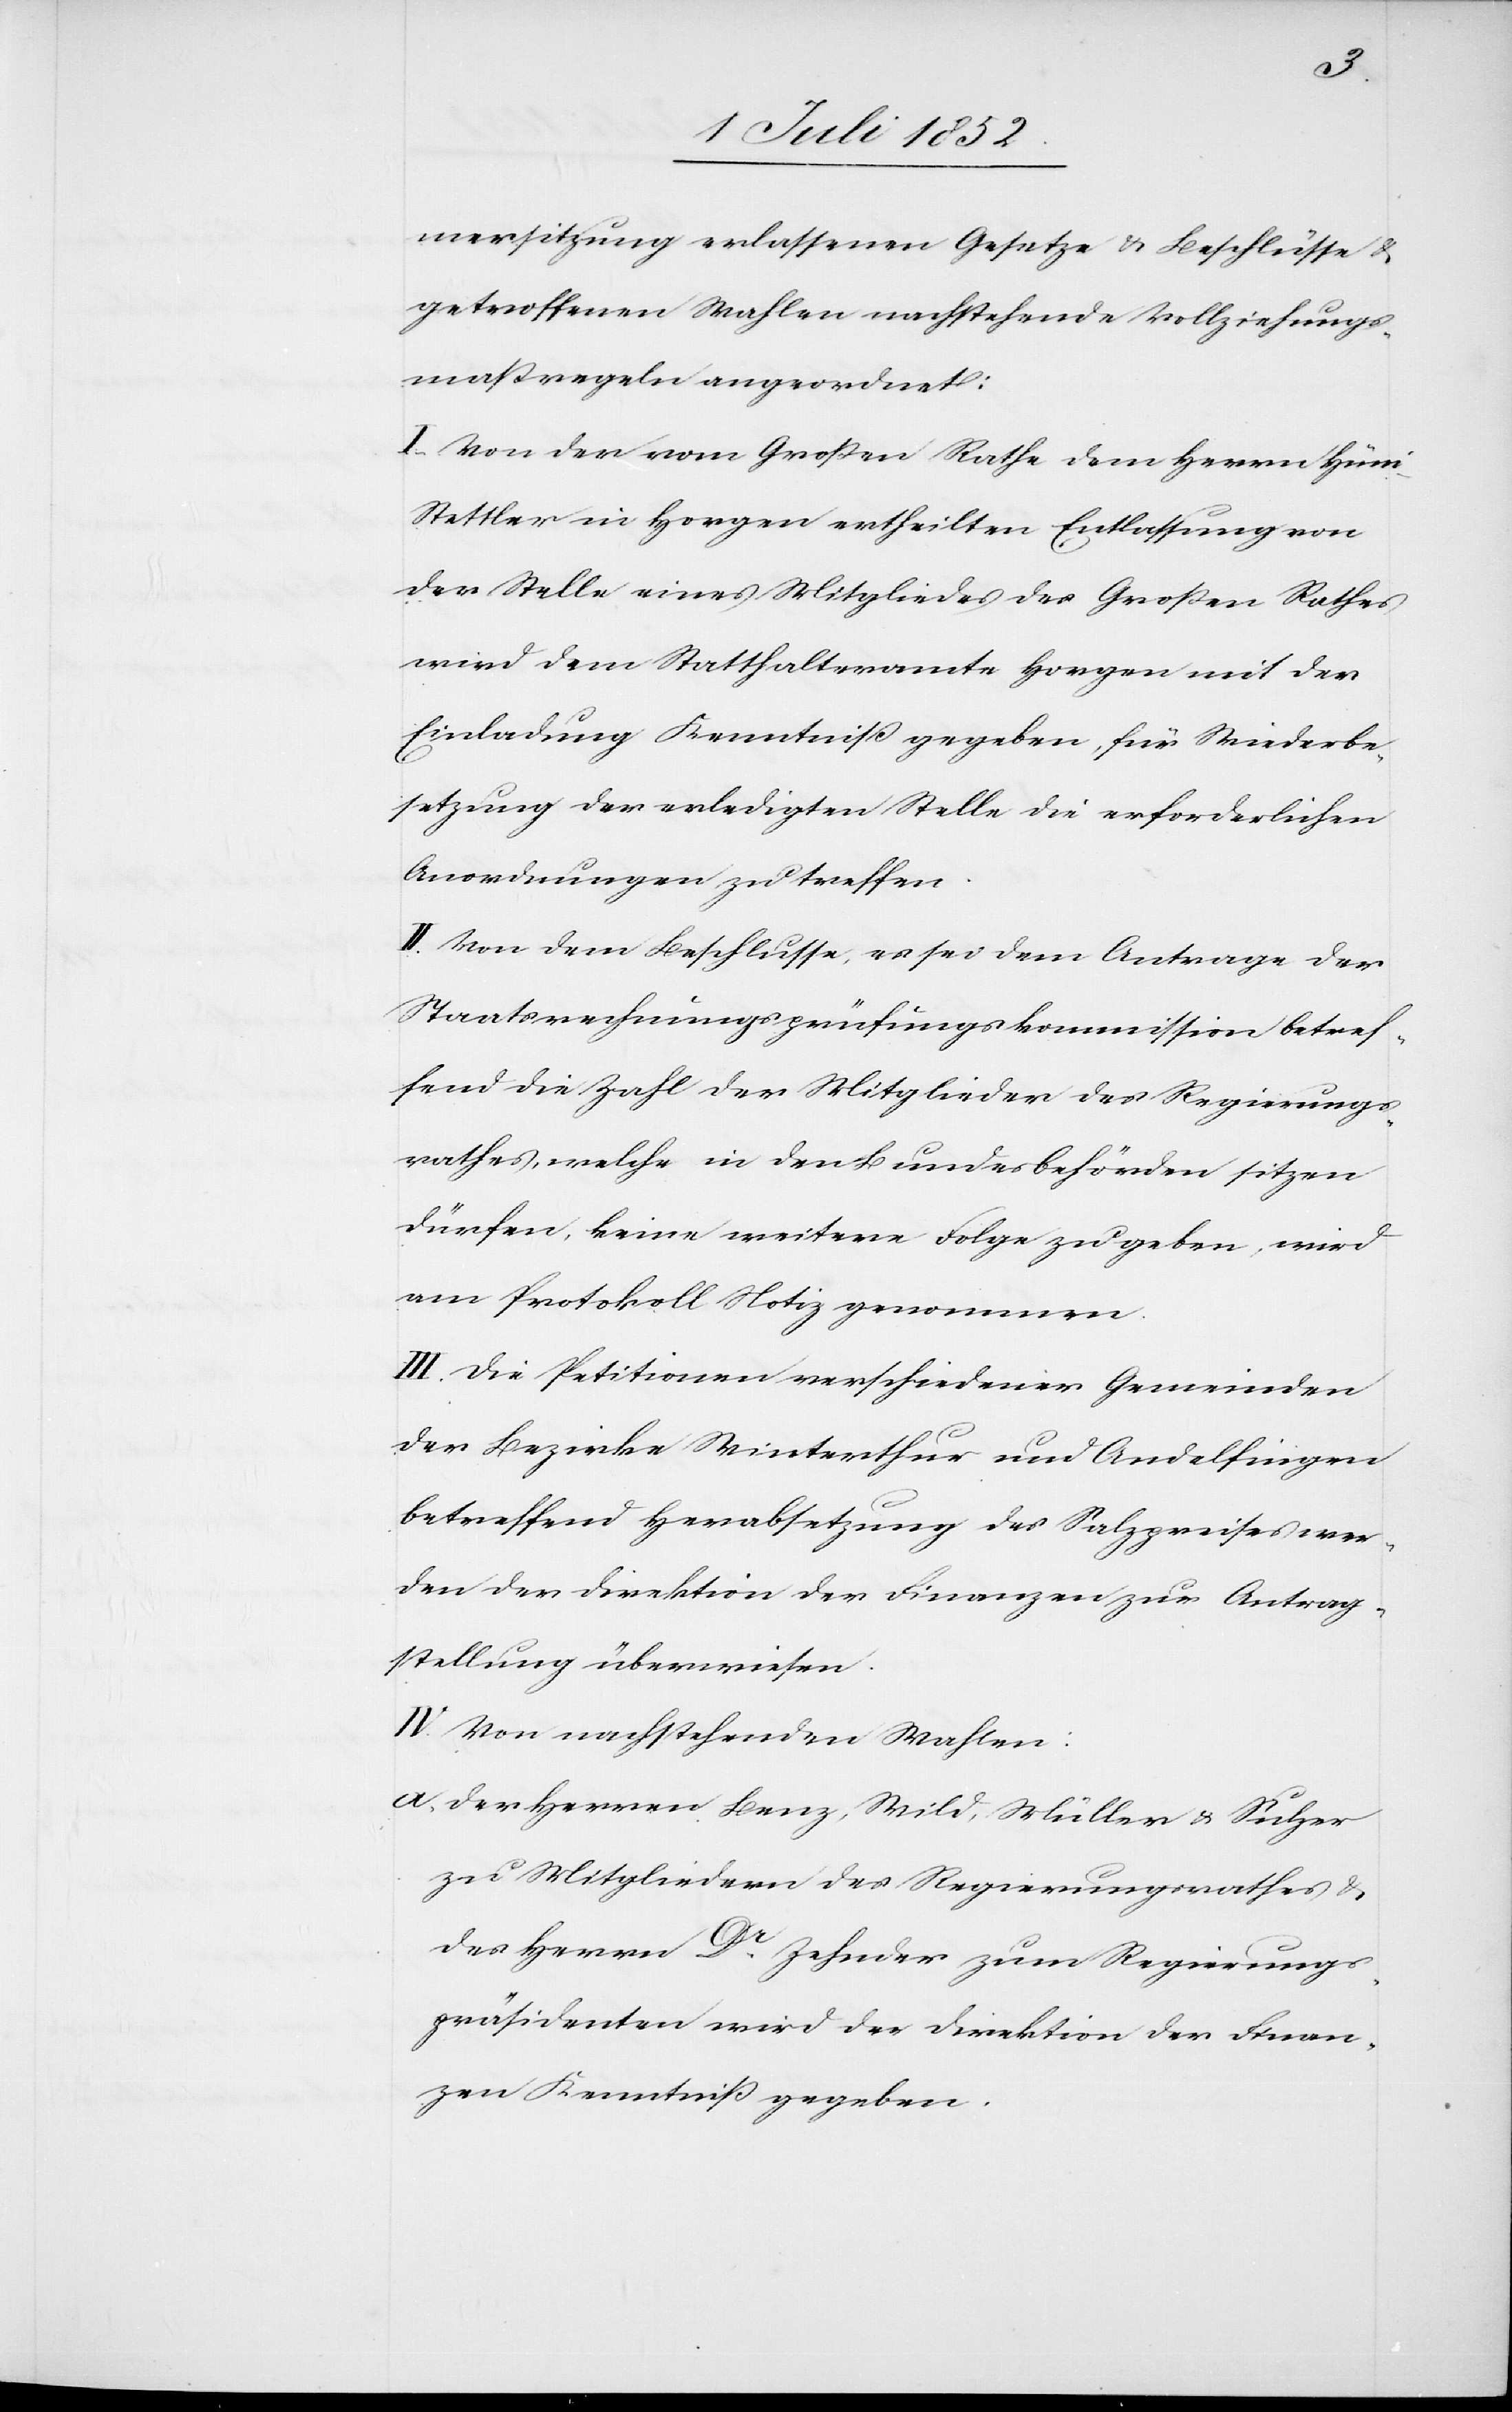
mersitzung erlassenen Gesetze & Beschlüsse &
getroffenen Wahlen nachstehende Vollziehungs¬
maßregeln angeordnet:
I. Von der vom Großen Rathe dem Herrn Hün¬
i-Stettler in Horgen ertheilten Entlassung von
der Stelle eines Mitgliedes des Großen Rathes
wird dem Statthalteramte Horgen mit der
Einladung Kenntniß gegeben, für Wiederbe¬
setzung der erledigten Stelle die erforderlichen
Anordnungen zu treffen.
II. Von dem Beschlusse, es sei dem Antrage der
Staatsrechnungsprüfungskommission betref¬
fend die Zahl der Mitglieder des Regierungs¬
rathes, welche in den Bundesbehörden sitzen
dürfen, keine weitere Folge zu geben, wird
am Protokoll Notiz genommen.
III. Die Petitionen verschiedener Gemeinden
der Bezirke Winterthur und Andelfingen
betreffend Herabsetzung des Salzpreises wer¬
den der Direktion der Finanzen zur Antrag¬
stellung überwiesen.
IV. Von nachstehenden Wahlen:
der Herren Benz, Wild, Müller & Sulzer
zu Mitgliedern des Regierungsrathes &
des Herrn Dr. Zehnder zum Regierungs¬
präsidenten wird der Direktion der Finan¬
zen Kenntniß gegeben.